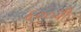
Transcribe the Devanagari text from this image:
६००वी